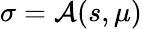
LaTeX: \sigma=\mathcal{A}(s,\mu)